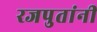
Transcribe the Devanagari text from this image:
रजपुतांनी